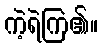
ကဲ့ရဲကြ၏။